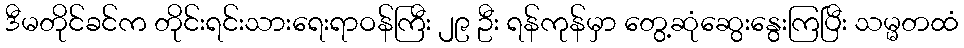
ဒီမတိုင်ခင်က တိုင်းရင်းသားရေးရာဝန်ကြီး ၂၉ ဦး ရန်ကုန်မှာ တွေ့ဆုံဆွေးနွေးကြပြီး သမ္မတထံ